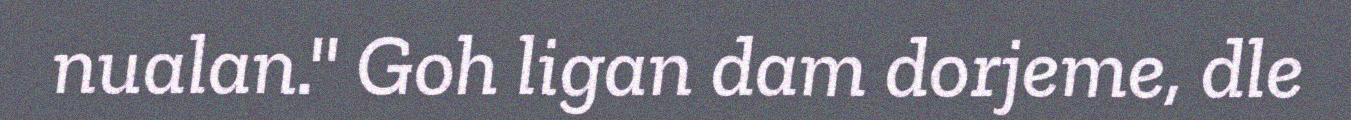
nualan." Goh ligan dam dorjeme, dle